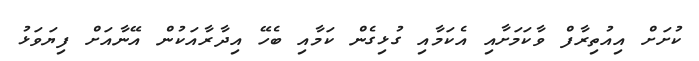
ކުށަށް އިއުތިރާފް ވާކަމަށާއި އެކަމާއި ގުޅިގެން ކަމާއި ބެހޭ އިދާރާއަކުން އޭނާއަށް ފިޔަވަޅު